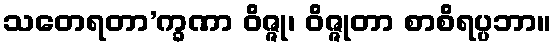
သတေရတာ’က္ခဏာ ဝိဇ္ဇု၊ ဝိဇ္ဇုတာ စာစိရပ္ပဘာ။